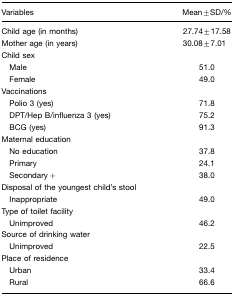
<table><thead><tr><td><b>Variables</b></td><td><b>Mean±SD/%</b></td></tr></thead><tbody><tr><td>Child age (in months)</td><td>27.74±17.58</td></tr><tr><td>Mother age (in years)</td><td>30.08±7.01</td></tr><tr><td>Child sex</td><td></td></tr><tr><td> Male</td><td>51.0</td></tr><tr><td> Female</td><td>49.0</td></tr><tr><td>Vaccinations</td><td></td></tr><tr><td> Polio 3 (yes)</td><td>71.8</td></tr><tr><td> DPT/Hep B/influenza 3 (yes)</td><td>75.2</td></tr><tr><td> BCG (yes)</td><td>91.3</td></tr><tr><td>Maternal education</td><td></td></tr><tr><td> No education</td><td>37.8</td></tr><tr><td> Primary</td><td>24.1</td></tr><tr><td> Secondary +</td><td>38.0</td></tr><tr><td>Disposal of the youngest child&#x27;s stool</td><td></td></tr><tr><td> Inappropriate</td><td>49.0</td></tr><tr><td>Type of toilet facility</td><td></td></tr><tr><td> Unimproved</td><td>46.2</td></tr><tr><td>Source of drinking water</td><td></td></tr><tr><td> Unimproved</td><td>22.5</td></tr><tr><td>Place of residence</td><td></td></tr><tr><td> Urban</td><td>33.4</td></tr><tr><td> Rural</td><td>66.6</td></tr></tbody></table>